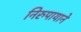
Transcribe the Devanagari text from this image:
निरुपायाने